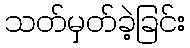
သတ်မှတ်ခဲ့ခြင်း